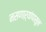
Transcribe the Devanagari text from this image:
नसणाऱ्यांपासून